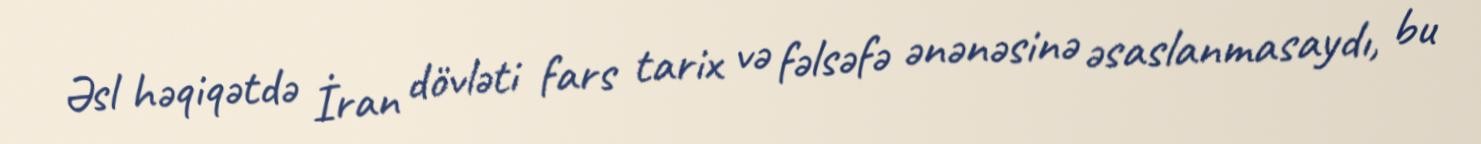
Əsl həqiqətdə İran dövləti fars tarix və fəlsəfə ənənəsinə əsaslanmasaydı, bu